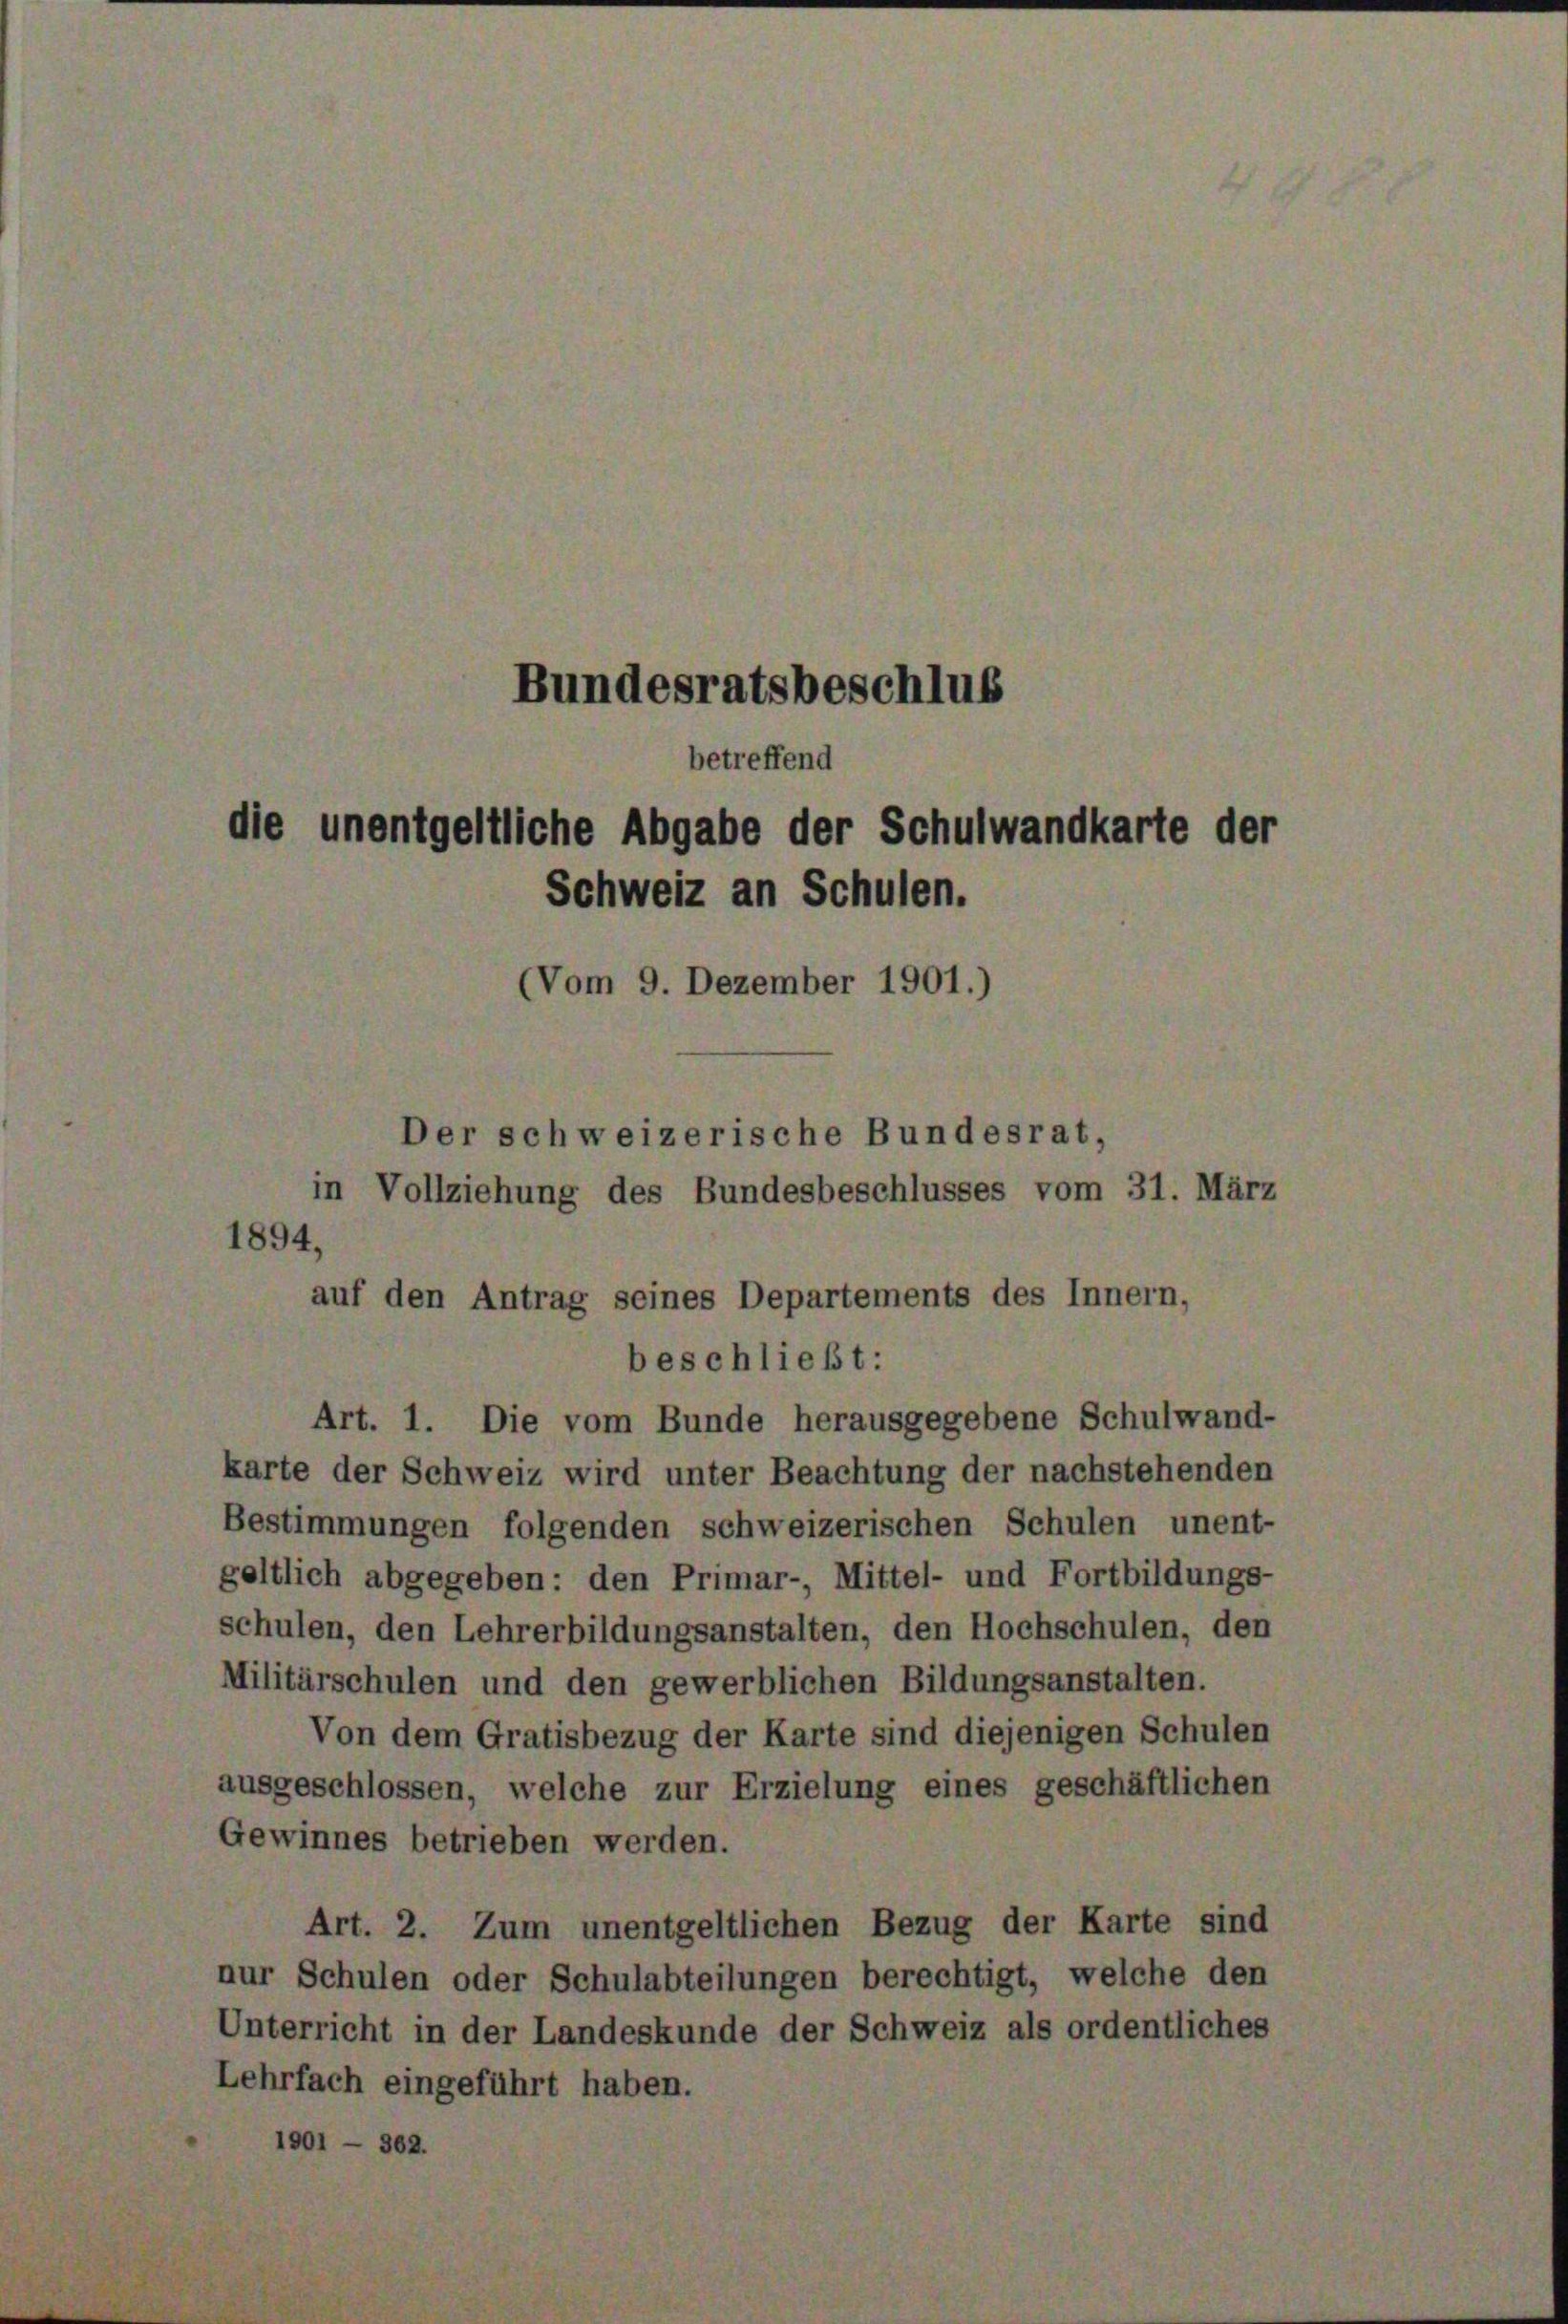
betreffend
die unentgeltliche Abgabe der Schulwandkarte der
Schweiz an Schulen.
(Vom 9. Dezember 1901.)
Der schweizerische Bundesrat,
in Vollziehung des Bundesbeschlusses vom 31. März
1894,
auf den Antrag seines Departements des Innern,

Bundesratsbeschlus

beschließt:
Art. 1. Die vom Bunde herausgegebene Schulwand-
karte der Schweiz wird unter Beachtung der nachstehenden
Bestimmungen folgenden schweizerischen Schulen unent-
geltlich abgegeben: den Primar- Mittel- und Fortbildungs-
schulen, den Lehrerbildungsanstalten, den Hochschulen, den
Militärschulen und den gewerblichen Bildungsanstalten.
Von dem Gratisbezug der Karte sind diejenigen Schulen
ausgeschlossen, welche zur Erzielung eines geschäftlichen
Gewinnes betrieben werden.
Art. 2. Zum unentgeltlichen Bezug der Karte sind
nur Schulen oder Schulabteilungen berechtigt, welche den
Unterricht in der Landeskunde der Schweiz als ordentliches
Lehrfach eingeführt haben.
1901 — 362.